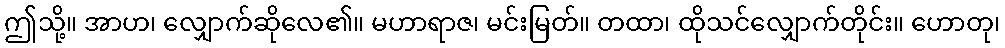
ဤသို့။ အာဟ၊ လျှောက်ဆိုလေ၏။ မဟာရာဇ၊ မင်းမြတ်။ တထာ၊ ထိုသင်လျှောက်တိုင်း။ ဟောတု၊